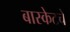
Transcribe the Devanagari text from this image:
बास्केटचे